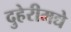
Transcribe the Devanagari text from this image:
दुहेरीमद्ये